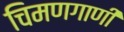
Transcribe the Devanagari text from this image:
चिमणगाणी